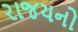
રાજયનો